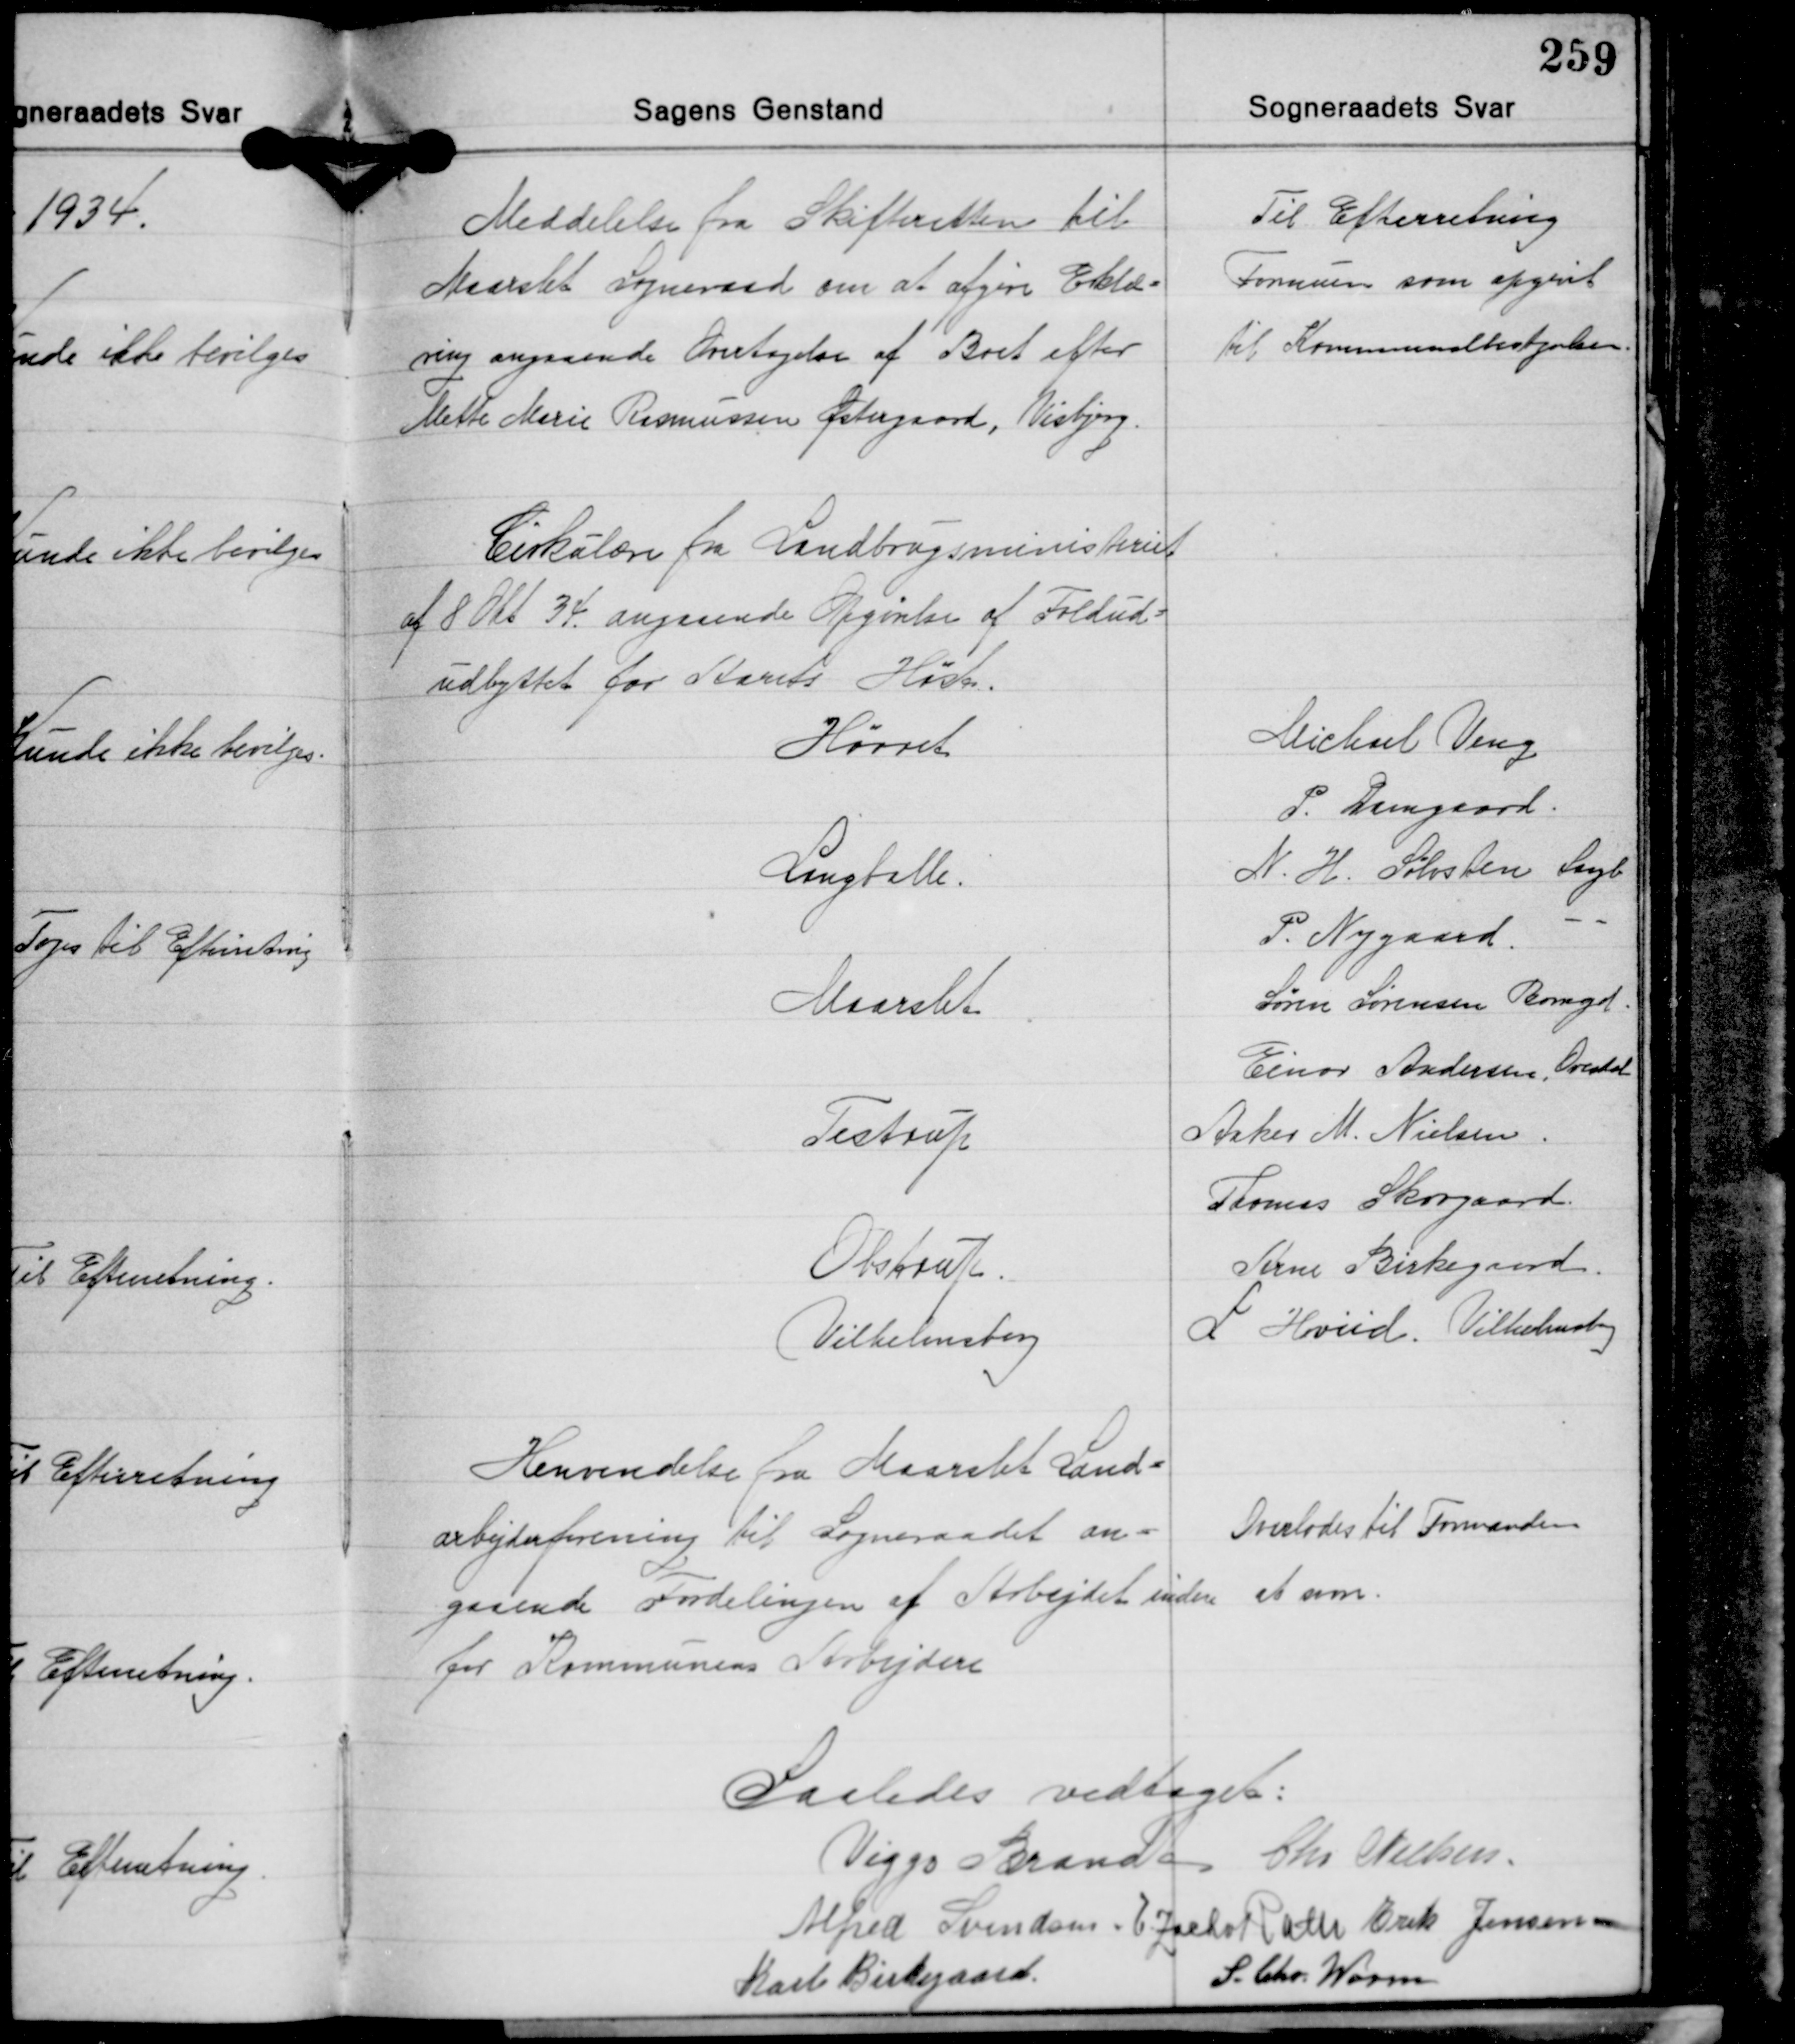
Transskription:
Meddelelse fra Skifteretten til
Maarslet Sogneraad om at afgive Eklæ-
ring angaaende Overtagelse af Boet efter
Mette Marie Rasmussen Østergaard, Visbjerg.

Til Efterretning
Formuen som opgivet
til Kommunalbestyrlsen

Cirkulære fra Landbrugsministeriet
af 8 Okt. 34 angaaende Opgørelse af Foldud-
udbyttet for Aarets Høst.

Hørret
Langballe.
Maarslet
Testrup
Obstrup
Vilhelmsborg

Michael Veng
P. Damgaard.
N. H. Sølvsten Langb.
P. Nygaard -
Søren Sørensen Borregd
Einar Andersen, Ovesdal
Anker M. Nielsen
Thomas Skovgaard.
Arne Birkegaard.
L. Hviid. Vilhelmsborg

Henvendelse fra Maarslet Land-
arbejderforening til Sogneraadet an-
gaaende Fordelingen af Arbejdet inden
for Kommunens Arbejdere

Overlodes til Formanden
at svare.

Saaledes vedtaget:
Viggo Brandt Chr. Nielsen
Alfred Svendsen E. Zacho Rath Erik Jensen
S. Chr. Worm
Karl Birkegaard